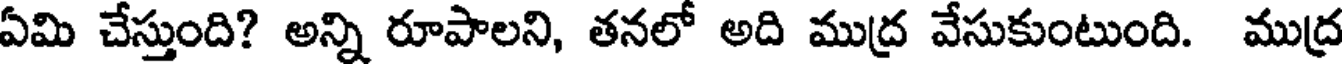
ఏమి చేస్తుంది? అన్ని రూపాలని, తనలో అది ముద్ర వేసుకుంటుంది. ముద్ర